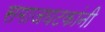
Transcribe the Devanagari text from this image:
समाजघटकांनी